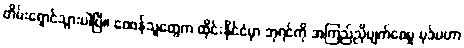
တိမ်းရှောင်သွားပါပြီ၊၊ ဝေဖန်သူတွေက ထိုင်းနိုင်ငံမှာ ဘုရင်ကို အကြည်ညိုပျက်စေမှု ပုဒ်မဟာ